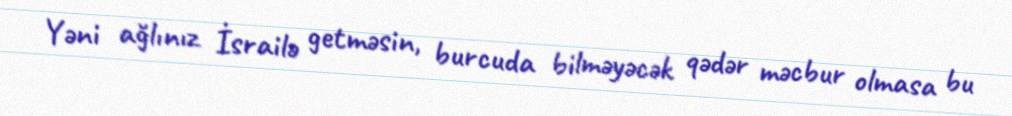
Yəni ağlınız İsrailə getməsin, burcuda bilməyəcək qədər məcbur olmasa bu